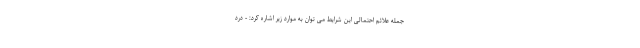
جمله علائم احتمالی این شرایط می توان به موارد زیر اشاره کرد: - درد